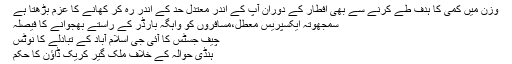
وزن میں کمی کا ہدف طے کرنے سے بھی افطار کے دوران آپ کے اندر معتدل حد کے اندر رہ کر کھانے کا عزم بڑھتا ہے
سمجھوتہ ایکسپریس معطل،مسافروں کو واہگہ بارڈر کے راستے بھجوانے کا فیصلہ
چیف جسٹس کا آئی جی اسلام آباد کے تبادلے کا نوٹس
ہنڈی حوالہ کے خلاف ملک گیر کریک ڈاؤن کا حکم